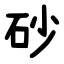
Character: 砂